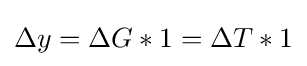
\Delta y=\Delta G*1=\Delta T*1